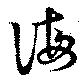
誨